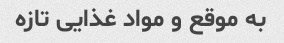
به موقع و مواد غذایی تازه